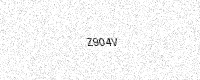
Text: Z904V